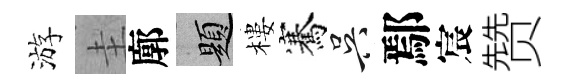
游圭廓題樓騫吴鄢宸赞